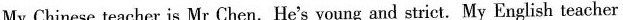
My Chinese teacher is Mr Chen.He's young and strict. My English teacher